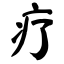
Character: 疗